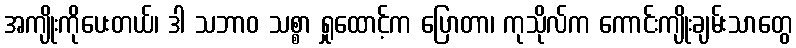
အကျိုးကိုပေးတယ်၊ ဒါ သဘာဝ သစ္စာ ရှုထောင့်က ပြောတာ၊ ကုသိုလ်က ကောင်းကျိုးချမ်းသာတွေ